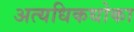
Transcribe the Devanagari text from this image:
अत्यधिकधोका